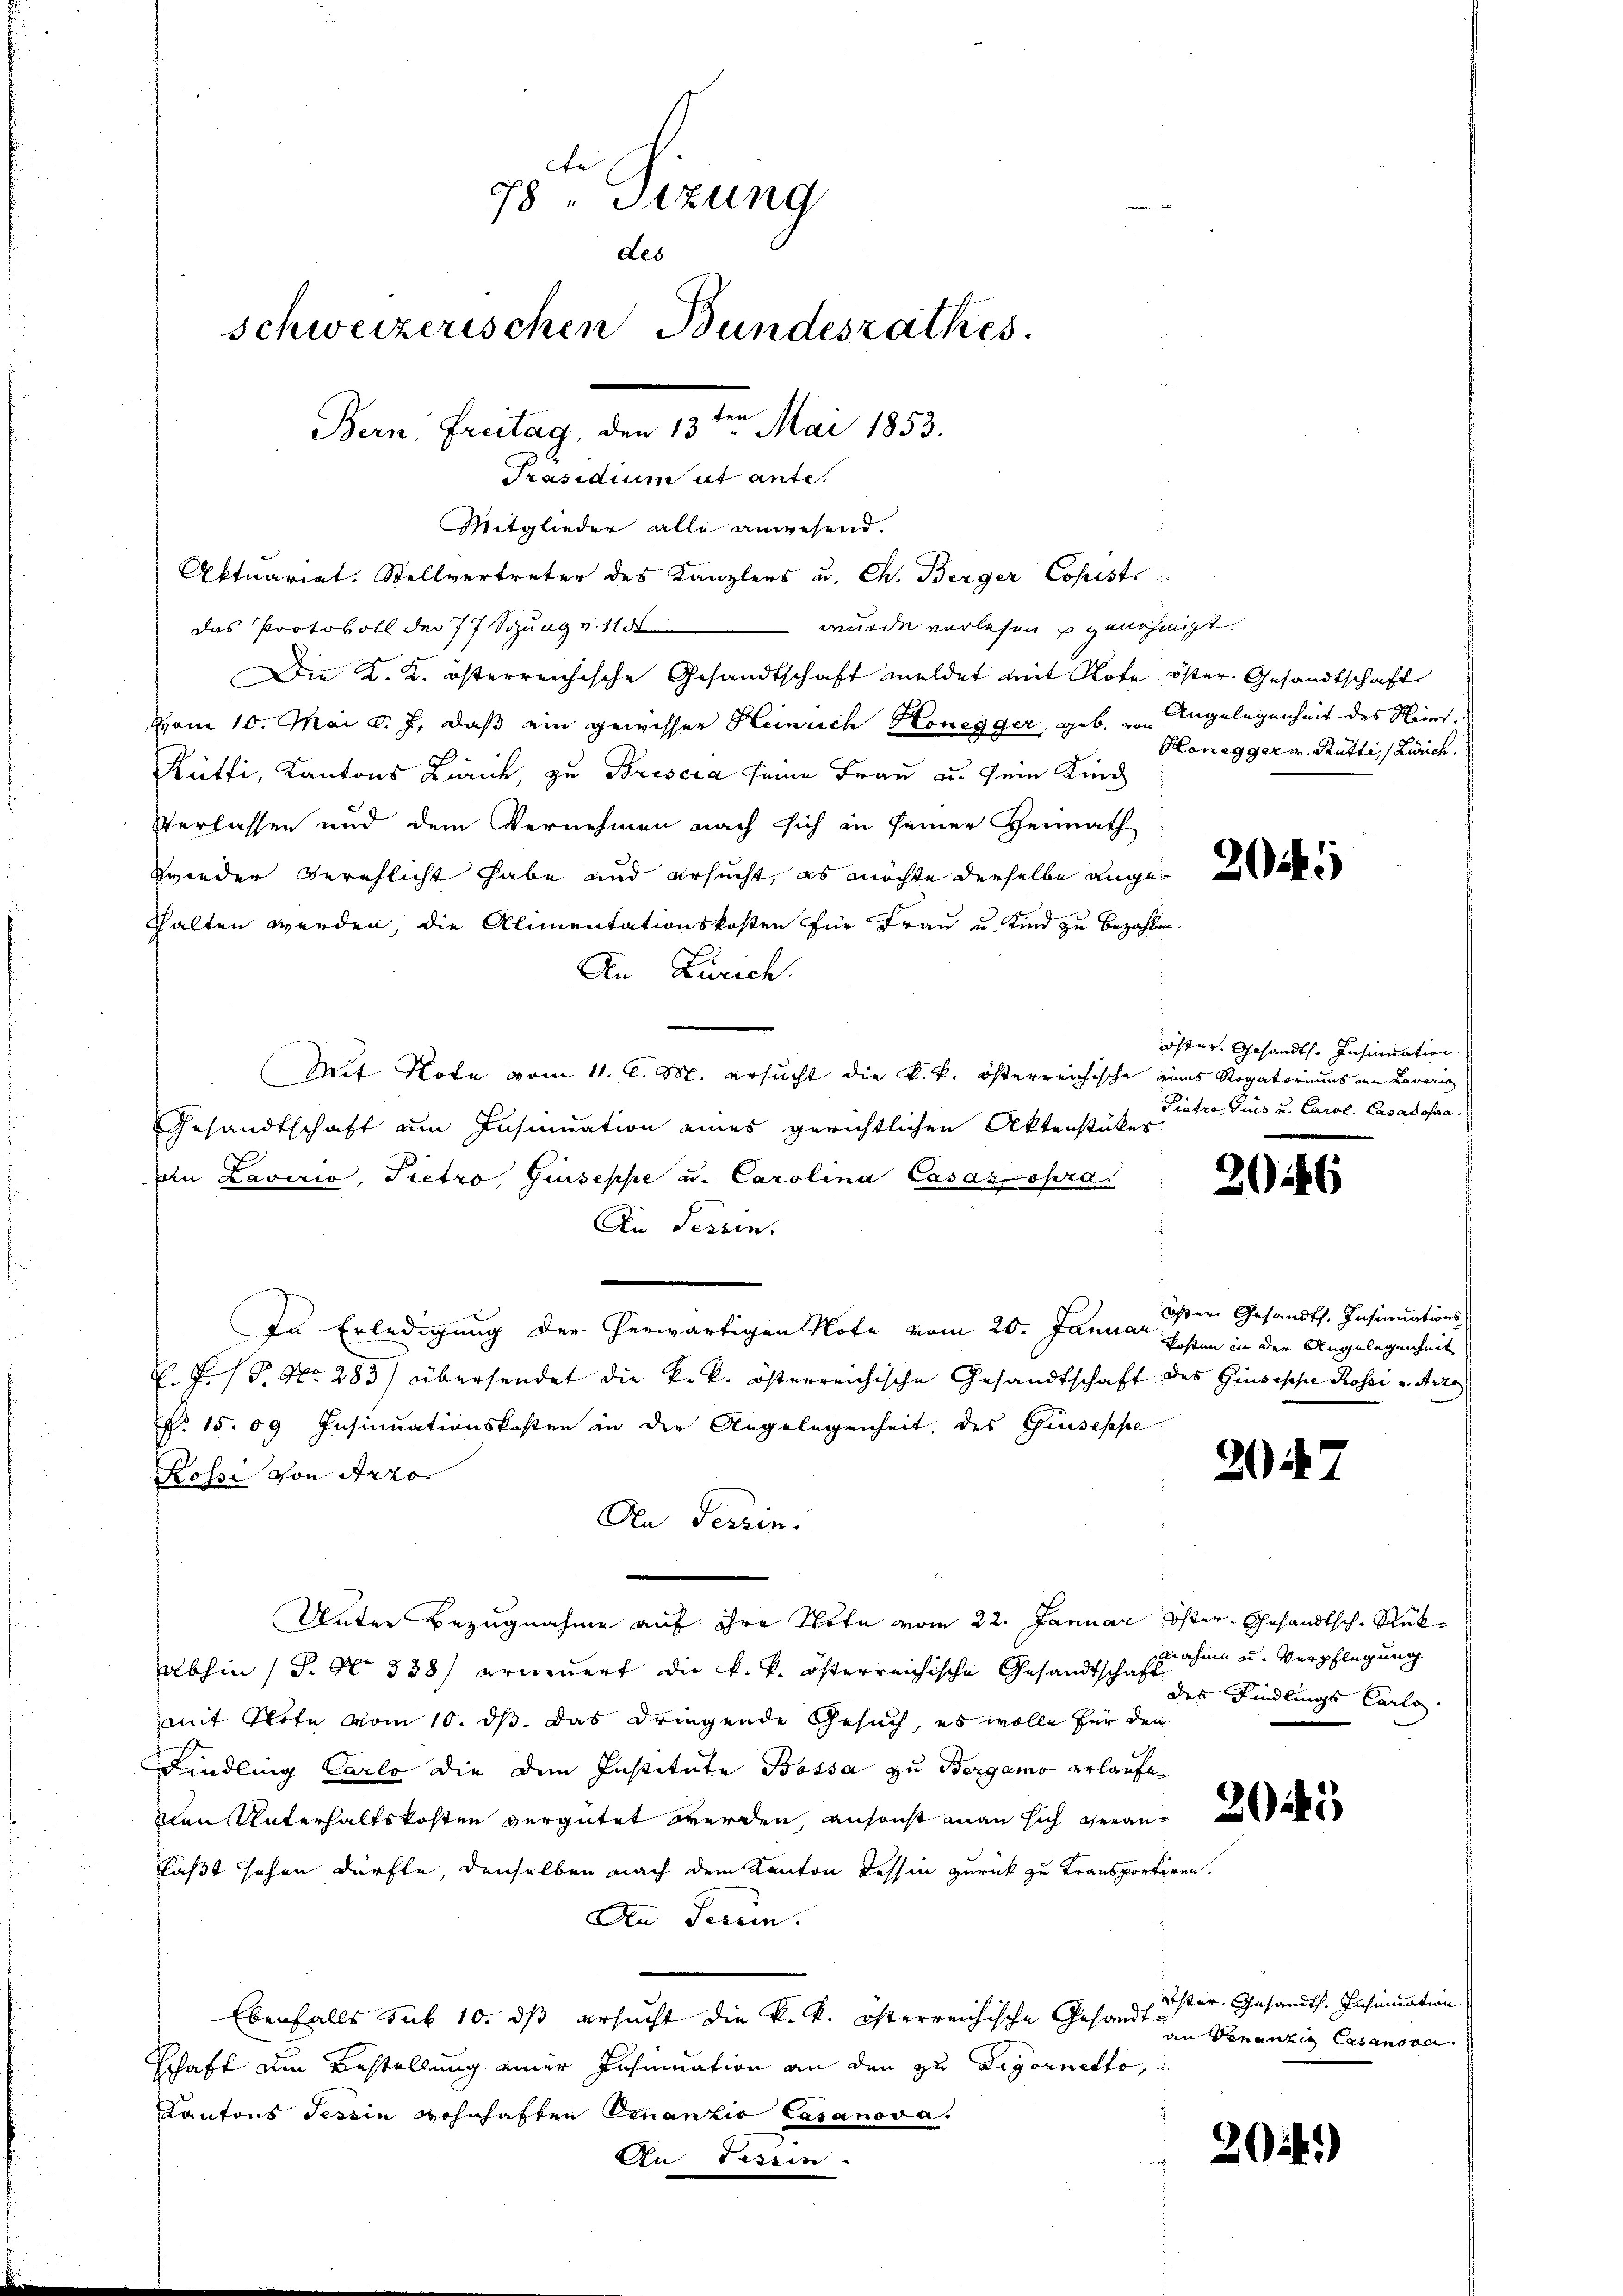
Präsidium ut ante.
Mitglieder alle anwesend.
Aktuariat. Stellvertreter des Kanzlers u. Ch. Berger Copist
wurde verlesen u genehmigt.
das Protokoll der 77 Sizung v. 115
Die K. K. österreichische Gesandtschaft meldet mit Note öster. Gesandtschaft
vom 10. Mai d. J., daß ein gewisser Heinrich Honegger, geb. von Angelegenheit des Hein
Rütti, Kantons Zürich, zu Brescia seine Frau au sein Kind
Verlassen und dem Vernehmen nach sich in seiner Heimath
wieder verschlicht habe und ersucht, es möchte derselbe ange-
hhalten werden, die Alimentationskosten für Frau u. Kind zu bezahlen.
An Zürich
(Mit Note vom 11. d. M. ersucht die k. k. österreichische eines Rogatoriums an Lavorig
Gesandtschaft um Insinuation eines gerichtlichen Aktenstükes
an Laverio, Pietro, Giuseppe u. Carolina Casasopra
An Tessin.
In Erledigung der herwärtigen Note vom 20. Januar 1sten in der Angelegenheit
C. F. P. Nr. 283) übersendet die k.k. österreichische Gesandtschaft des Giuseppe Rossi u. Aero
No 15. 09 Insinuationskosten in der Angelegenheit des Geiseppe
Rossi von Arzo-
An Tessin.
Unter Bezugnahme auf ihre Note vom 22. Januar Oster Gesandtsch-Rückabhin (S. Nr. 338) erneuert die k. k. österreichische Gesandtschaft der Kindlings Carlo
mit Note vom 10. ds. das dringende Gesuch, es wolle für den
Findling Carlo die dem Institute Bossa zu Bergamo erlaufe
nen Unterhaltskosten vergütet werden, ansonst man sich veranläßt sehen dürfte, denselben nach dem Kanton Tessin zurück zu transportiren.
Den Perein.
Ebenfalls sub 10. ds ersucht die k. k. österreichische Gesandt öster. Gesandts. Insinuation
Schaft den Bestellung einer Insinuation an den zu Zagornetto,
Kantons Tessin Wohnhaften Finanzio Casanova,
An Tessin

t
78 " Stzung
des
schweizerischen Bundesrathes.
Bern, Freitag, den 13ten Mai 1853.

Honegger u. Rütti, (Zürich.

öster. Gesandt. Insinuation
Pietro Gunz u. Carol. Casasofera

26

Öster Gesandts. Insinuations-

207

nahme u. Verpflegung

an Finanzig Casanson.

20)